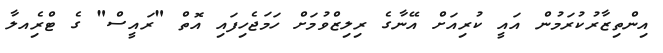
އިންތިޒާރުކުރަމުން އައީ ކުރިއަށް އޭނާގެ ރިލިޒްވުމަށް ހަމަޖެހިފައި އޮތް "ރައީސް" ގެ ޓްރެިއލާ